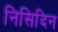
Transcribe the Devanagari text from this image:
निसिदिन